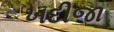
ખદીજા